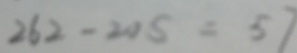
2 6 2 - 2 0 5 = 5 7